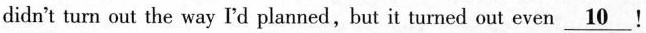
didn't turn out the way I'd planned,but it turned out even\underline{10}!